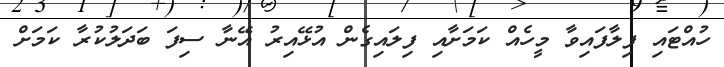
ހުއްޓައި ފިލާފައިވާ މީހެއް ކަމަށާއި ފިލައިގެން އުޅޭއިރު އޭނާ ސިފަ ބަދަލުކުރާ ކަމަށް